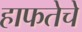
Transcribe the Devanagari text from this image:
हाफतेचे